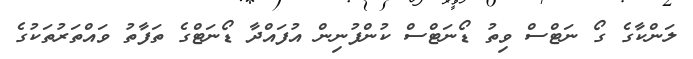
ލަންކާގެ ގޯ ނަޓްސް ވިތު ޑޯނަޓްސް ކުންފުނިން އުފައްދާ ޑޯނަޓްގެ ތަފާތު ވައްތަރުތަކުގެ